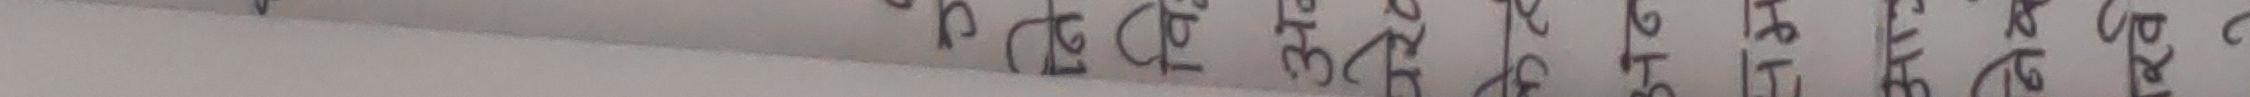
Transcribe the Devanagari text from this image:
यो हो कि होइन त